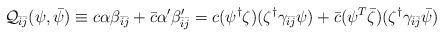
LaTeX: \begin{align*}{\cal Q}_{\bar{i}\bar{j}}(\psi,\bar{\psi})\equiv c\alpha\beta_{\bar{i}\bar{j}}+\bar{c}\alpha'\beta'_{\bar{i}\bar{j}}=c(\psi^{\dag}\zeta)(\zeta^{\dag}\gamma_{\bar{i}\bar{j}}\psi)+\bar{c}(\psi^{T}\bar{\zeta})(\zeta^{\dag}\gamma_{\bar{i}\bar{j}}\bar{\psi})\end{align*}